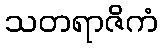
သတရာဇိကံ